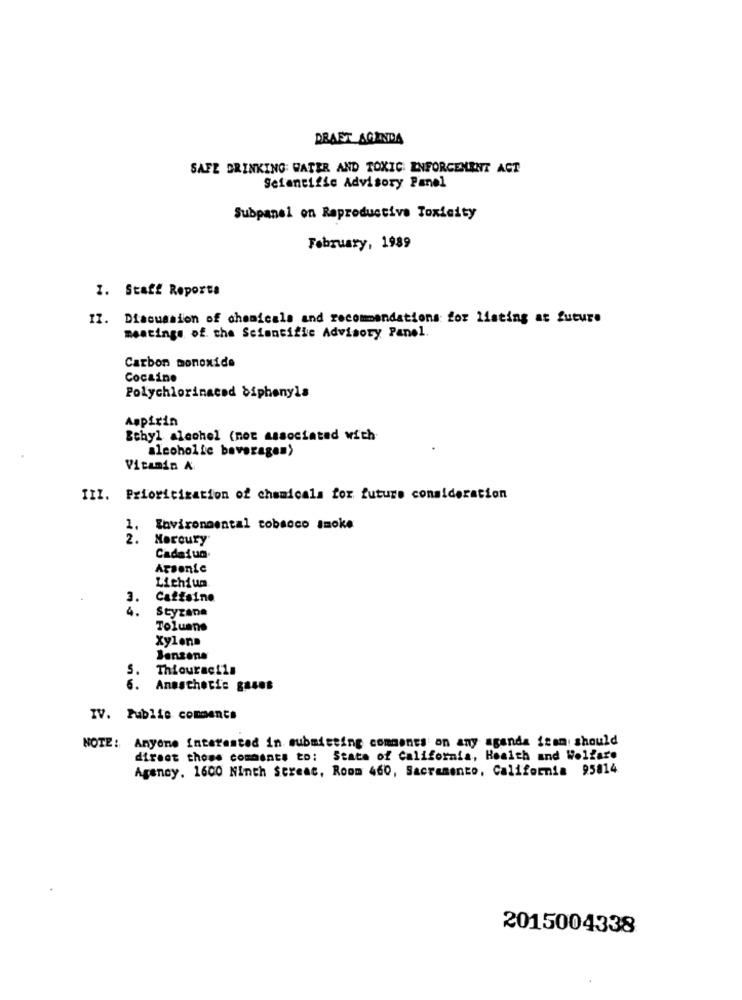
DRAST AGENDA
SAFE DRINKING WATER AND TOXIC ENFORCEMENT ACT
Scientific Advisory Panel
Subpanel on Reproductive Toxicity
February, 1989
1. Staff Reporta
II. Discussion of chemicals and recommendations for listing at future
meatings of the Scientific Advisory Panel.
Carbon monoxide
Cocaine
Polychlorinaced diphenyla
Aspirin
Ethyl alcohol (not associated with
alcoholic beverages)
Vitamin A
III. Prioritization of chemicals for future consideration
1. Environmental tobacco smoke
2.
Mercury
Cadatun.
Arsenle
Lithium
3.
Caffsine
4.
Styzane
Toluene
Xylona
Jenzona
S.
Thiouracila
6 .
Anesthetic gases
IV. Public comments
NOTE: Anyone Interested in submitting comments on any aganda ican: should
direct those comments to: State of California, Health and Welfare
Agency. 1600 Ninth Screac, Room 460, Sacramento, California 95814
2015004338